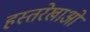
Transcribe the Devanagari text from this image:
हस्तरेखाओं